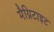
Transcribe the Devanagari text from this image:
मैग्निटाइट